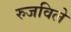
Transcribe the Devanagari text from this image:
रुजविले